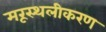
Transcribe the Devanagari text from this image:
मरूस्थलीकरण